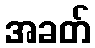
အခတ်